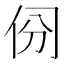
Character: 𠈀